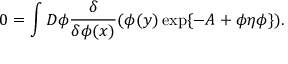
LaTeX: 0 = \int D \phi \frac { \delta } { \delta \phi ( x ) } ( \phi ( y ) \exp \{ - A + \phi \eta \phi \} ) .